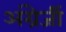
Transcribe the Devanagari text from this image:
अंग्रेजीं